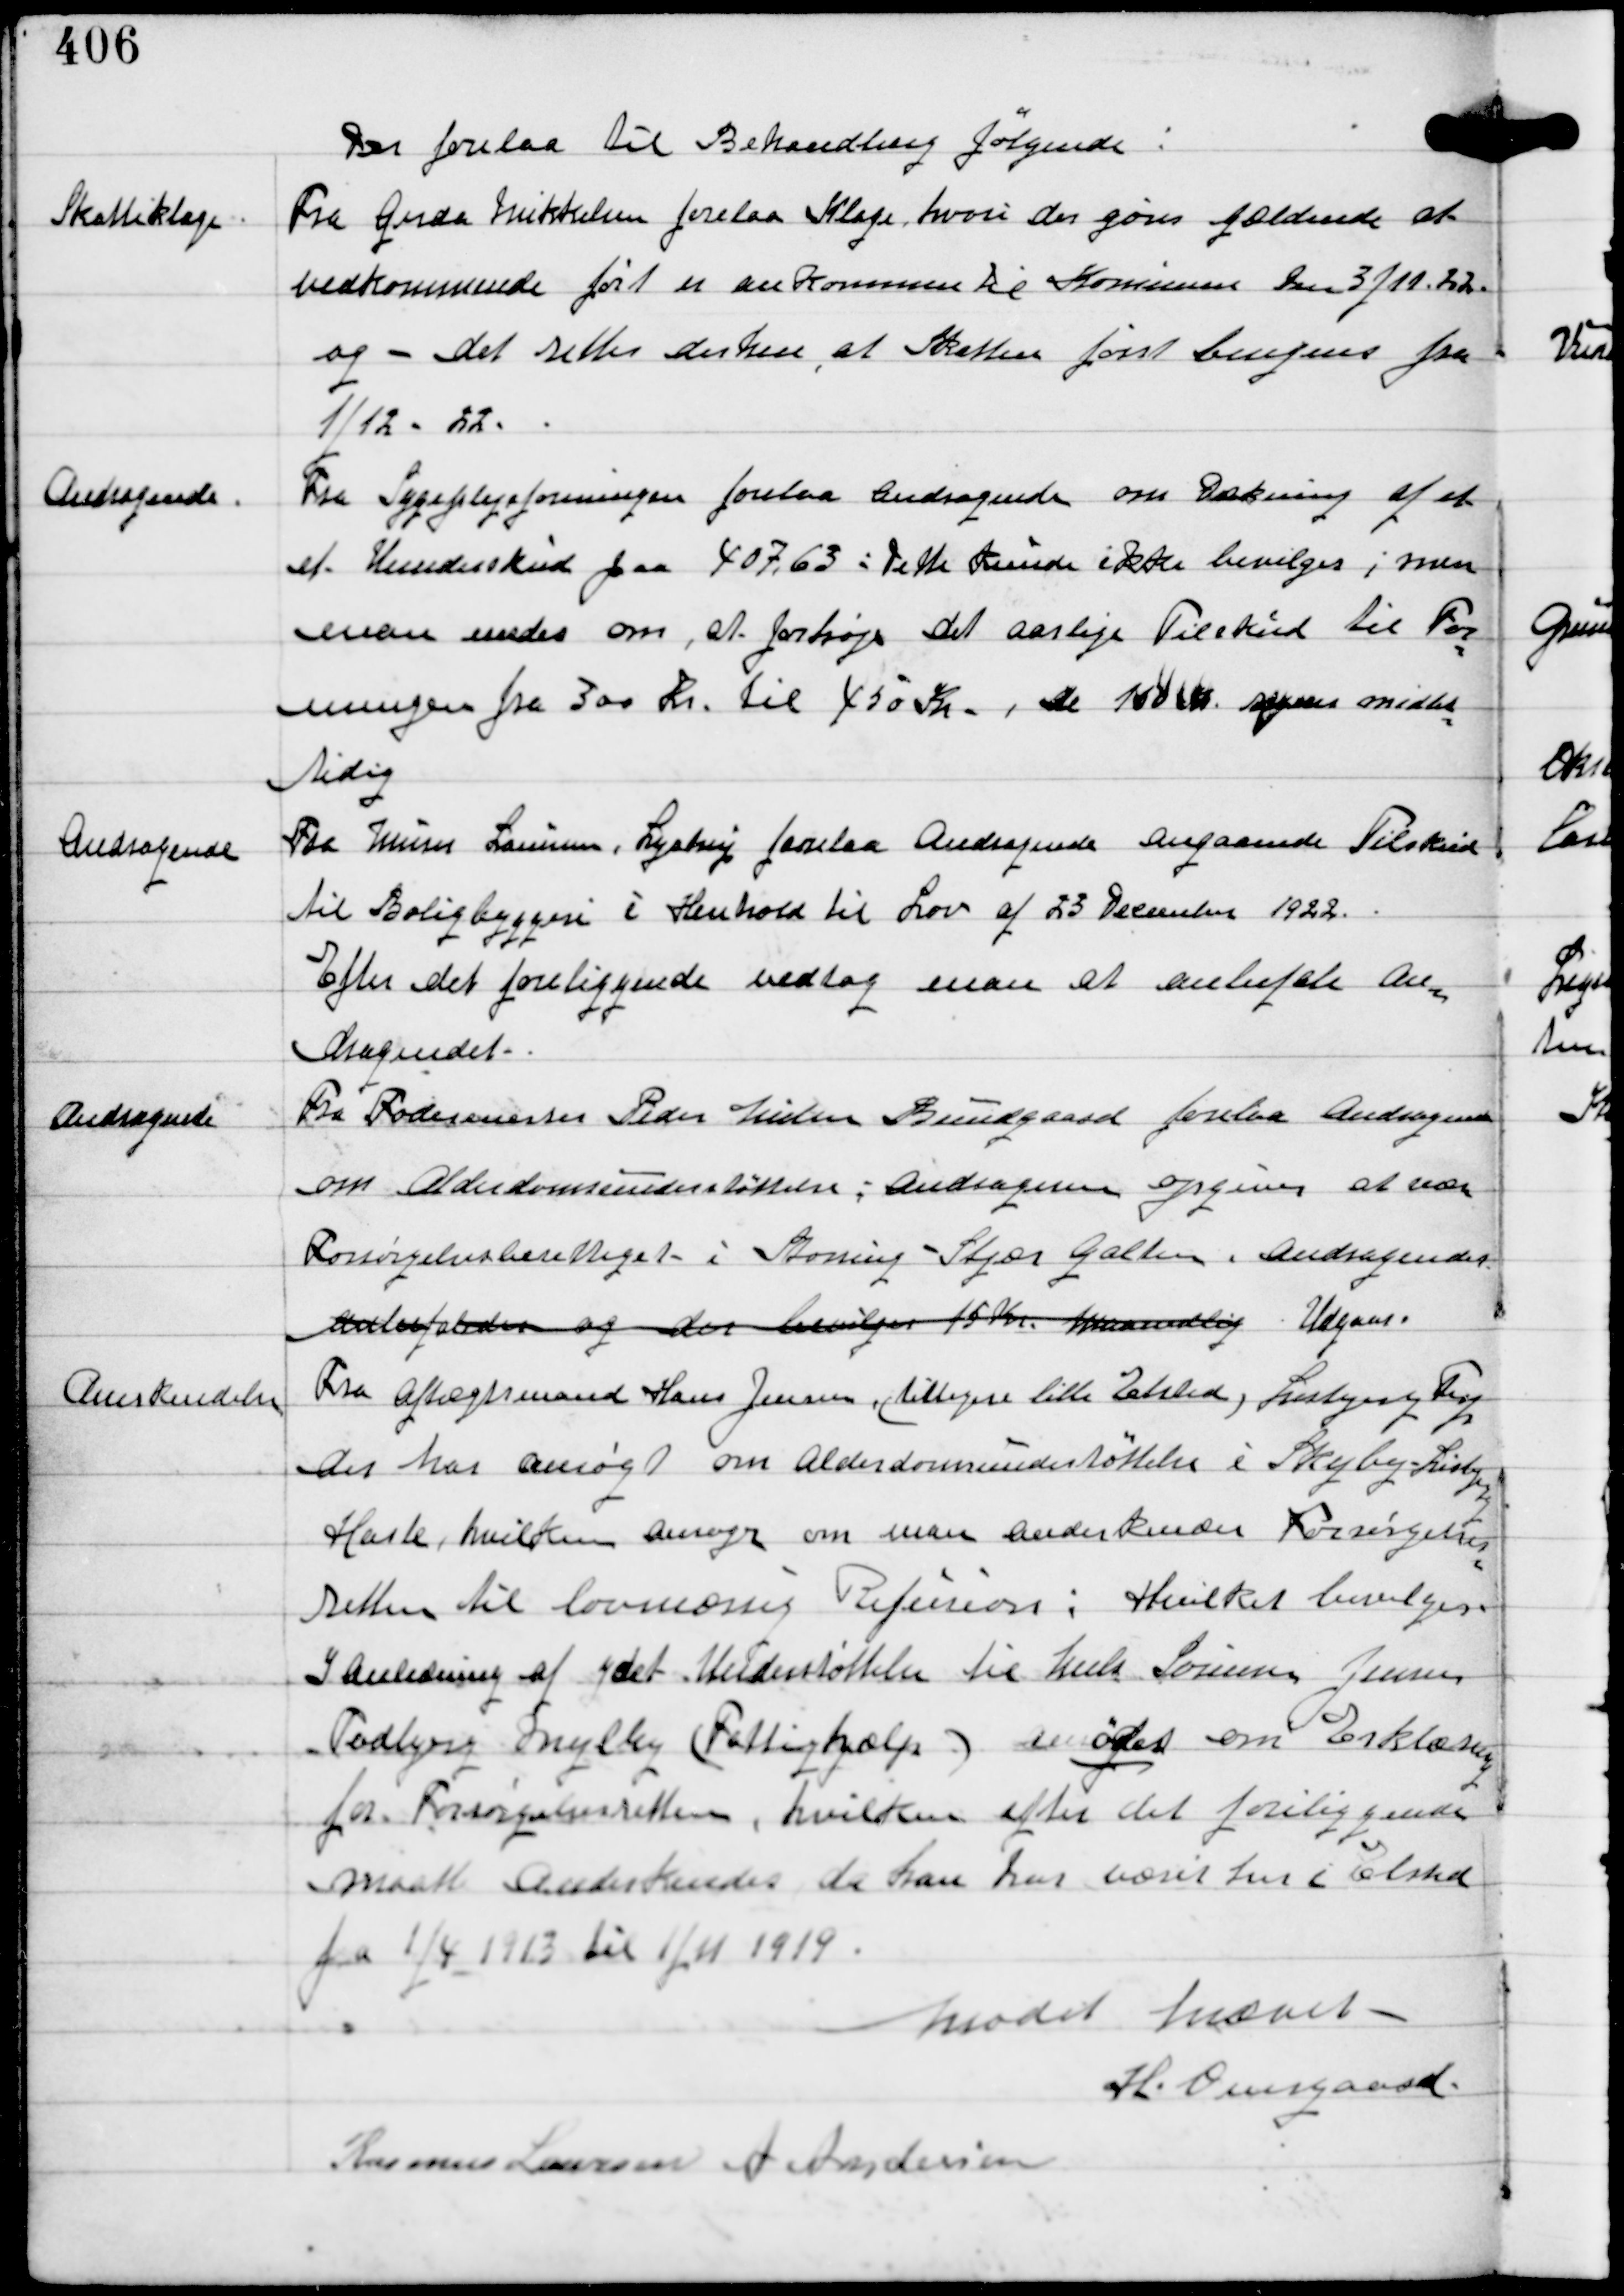
Transskription:
Der forelaa til Behandling følgende:

Skatteklage

Fra Gerda Mikkelsen forelaa Klage, hvori der gøres gældende at
vedkommende først er ankommen til Komunen Den 3/11. 22.
og - det rettes derhen at Skatten først beregnes fra
1/12. 22.

Andragende

Fra Sygeplejeforeningen forelaa Andragende om Dækning af et
et Underskud paa 407,63. Dette kunde ikke bevilges; men
man enedes om, at forhøje det aarlige Tilskud til For-
eningen fra 300 Kr til 450 Kr. De 164 Kr dækkes midler
tidig

Andragende

Fra Murer Laursen, Lystrup forelaa Andragende angaaende Tilskud
til Boligbyggeri i Henhold til Lov af 23 December 1922.
Efter det foreliggende vedtog man at anbefale An-
dragendet.

Andragende

Fra Fodermester Peder Nielsen Bundgaard forelaa Andragende
om Alderdomsunderstøttelse; Andrageren opgiver at være
Forsørgelsesberettiget i Storring - Stjær Galten. Andragendet
Anbefaledes og der bevilges 15 Kr maanedlig. Udgaar.

Anerkendelse

Fra Aftægtsmand Hans Jensen (tidligere lille Elsted) Lisbjerg Terp
der har ansøgt om Alderdomsunderstøttelse i Skejby-Lisbjerg
Hasle, hvilken ansøger om man anerkender Forsørgelses-
retten til lovmæssig Refusion: Hvilket bevilges.
I Anledning af ydet Understøttelse til Niels Sørensen Jensen
Todbjerg Mejlby (Fattighjælp) anmoder om Erklæring
for Forsørgelsesretten, hvilket efter det foreliggende
maatte anderkendes da han har været her i Elsted
fra 1/4 1913 til 1/11 1919.

Mødet hævet
H Overgaard
Rasmus Laursen A Andersen